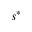
s ^ { * }